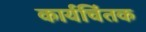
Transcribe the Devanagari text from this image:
कार्यचिंतक